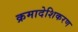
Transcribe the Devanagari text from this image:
क्रमादेशिकरण